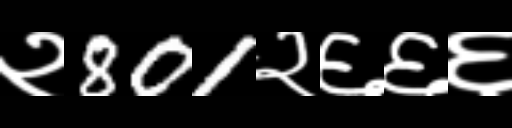
Text: २801२६६६